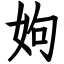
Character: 姁